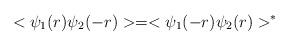
LaTeX: \begin{align*}<\psi_1(r)\psi_2(-r)>=<\psi_1(-r)\psi_2(r)>^*\end{align*}